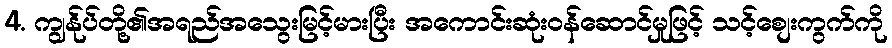
4. ကျွန်ုပ်တို့၏အရည်အသွေးမြင့်မားပြီး အကောင်းဆုံးဝန်ဆောင်မှုဖြင့် သင့်စျေးကွက်ကို